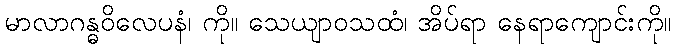
မာလာဂန္ဓဝိလေပနံ၊ ကို။ သေယျာဝသထံ၊ အိပ်ရာ နေရာကျောင်းကို။